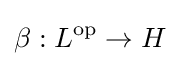
\beta :L^{\mathrm {op} }\to H